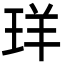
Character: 珜